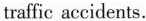
traffic accidents.